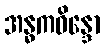
အန္ဓကဝိန္ဒော